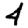
Digit: 4